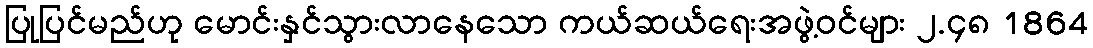
ပြုပြင်မည်ဟု မောင်းနှင်သွားလာနေသော ကယ်ဆယ်ရေးအဖွဲ့ဝင်များ ၂.၄၈ 1864